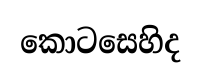
කොටසෙහිද